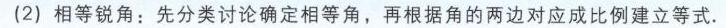
(2) 相等锐角：先分类讨论确定相等角，再根据角的两边对应成比例建立等式.